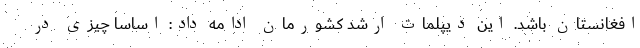
افغانستان باشد. این دیپلمات ارشد کشورمان ادامه داد: اساسا چیزی در